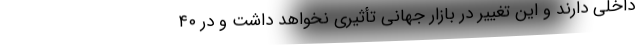
داخلی دارند و این تغییر در بازار جهانی تأثیری نخواهد داشت و در ۴۰